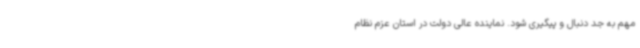
مهم به جد دنبال و پیگیری شود. نماینده عالی دولت در استان عزم نظام